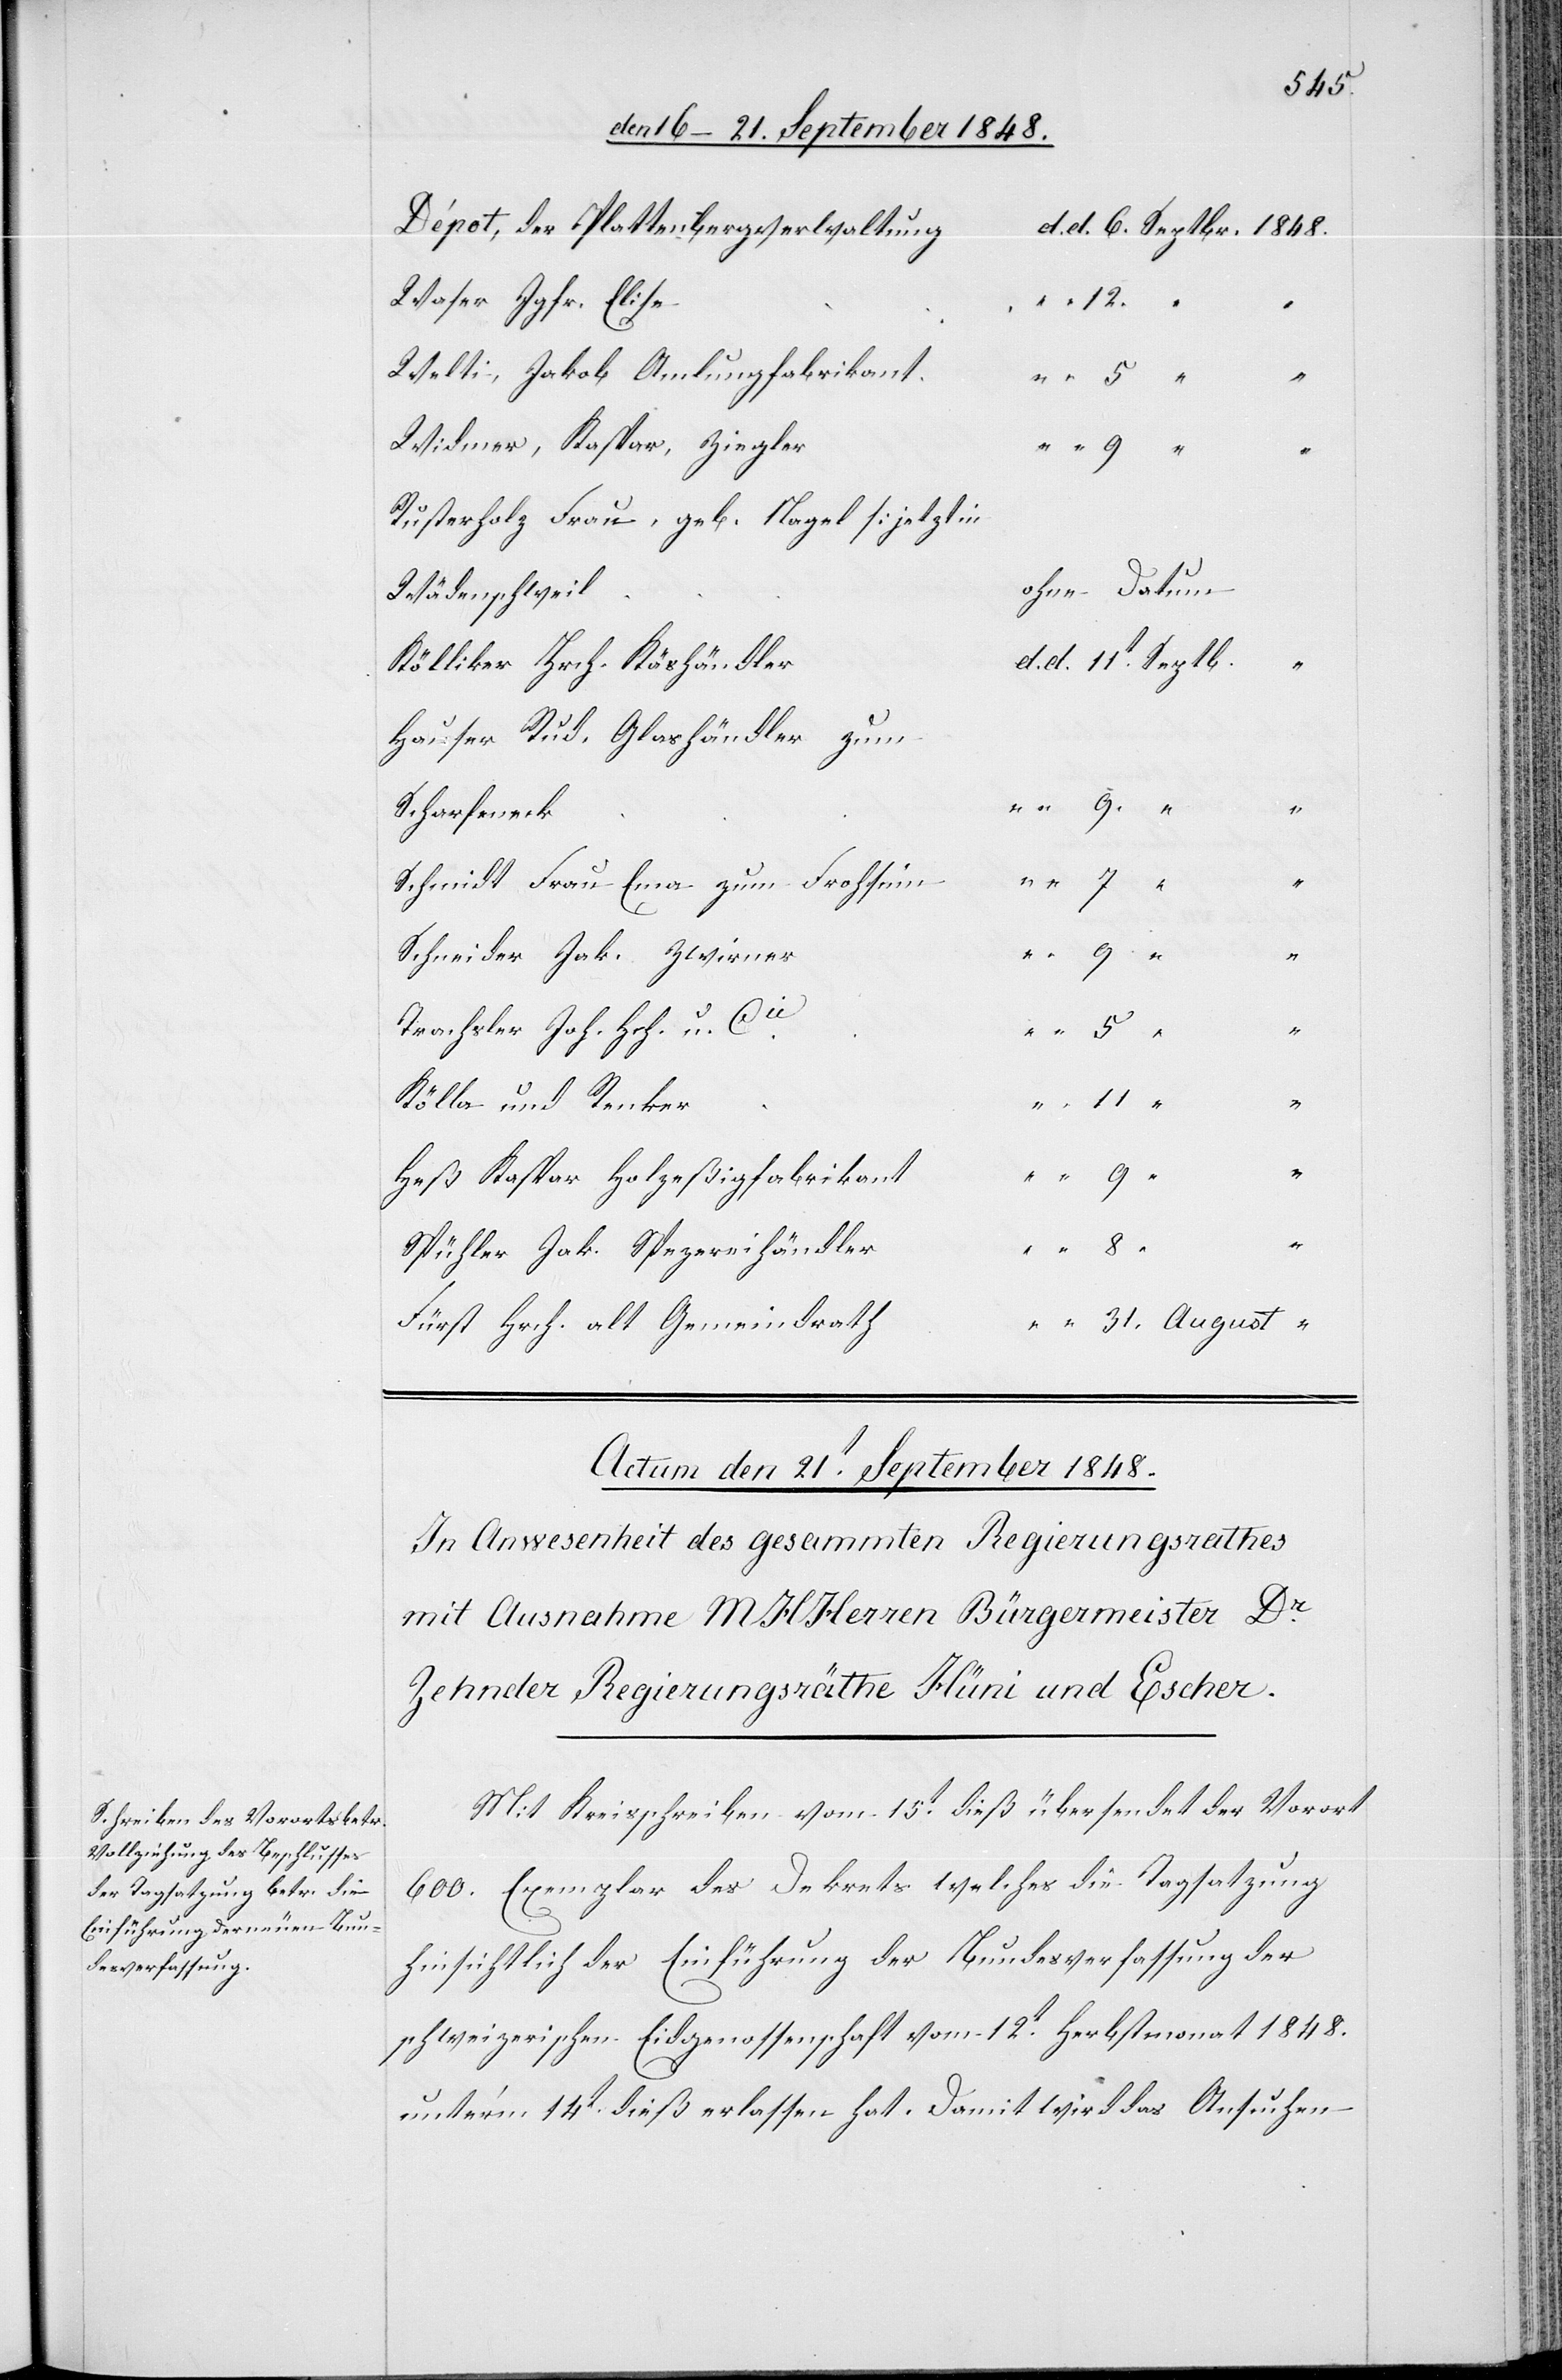
Dépot der Plattenbergverwaltung
Waser Jgfr. Elise
12.
Welti, Jakob Amlungfabrikant
Widmer, Kaspar, Ziegler
Rusterholz Frau, geb. Nagel [jetzt
ohne Datum
Kölliker Hrch. Käshändler
Hauser Rud. Glashändler zum
Scharfeneck
Schmidt Frau Ema zum Frohsinn
Schneider Jak. Zwirner
“
Trachsler Joh. Hch. u. Cie
Kölla und Renker
August
Heß Kaspar Holzeßigfabrikant
“
Spühler Jak. Spezereihändler
Fürst Hrch. alt Gemeindrath
Mit Kreisschreiben vom 15t dieß übersendet der Vorort
600. Exemplare des Dekrets welche die Tagsatzung
hinsichtlich der Einführung der Bundesverfassung der
schweizerischen Eidgenossenschaft vom 12t Herbstmonat 1848.
unter’m 14t dieß erlassen hat. Damit wird das Ansuchen